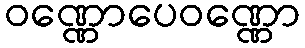
ဝဏ္ဏောပေဝဏ္ဏော